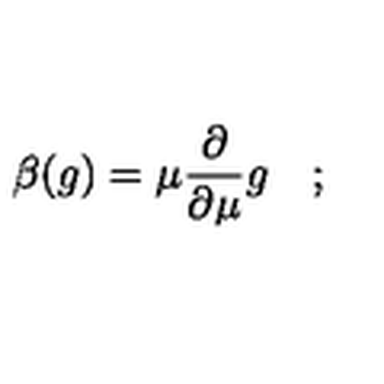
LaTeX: \beta ( g ) = \mu { \frac { \partial } { \partial \mu } } g \quad ;